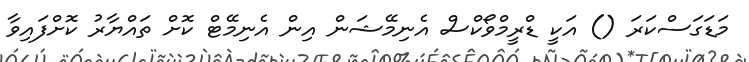
މަޑަގަސްކަރަ () އަކީ ޑްރީމްވޯކްސް އެނިމޭޝަން އިން އެނިމޭޓް ކޮށް ތައްޔާރު ކޮށްފައިވާ